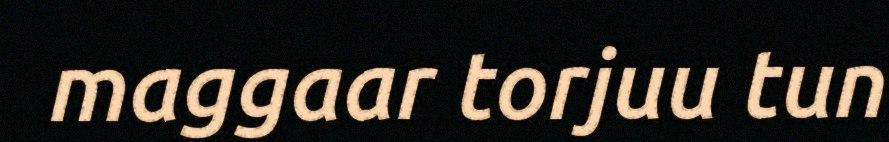
maggaar torjuu tun